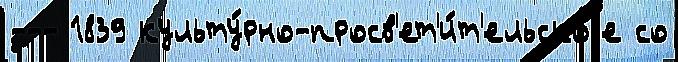
--- 1839 культу́рно-просв'ет'и́т'ельскоjе со